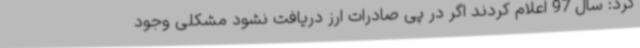
کرد: سال 97 اعلام کردند اگر در پی صادرات ارز دریافت نشود مشکلی وجود